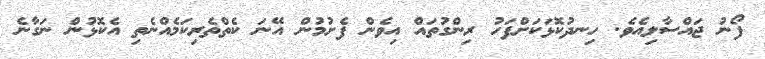
ފޯނު ޖައްސާލިއެވެ. ހިނދުކޮޅަކަށްފަހު ރިންގުތައް އިވެން ފެށުމުން އޭނަ ކެތްތެރިކަމެއްނެތި އެކޮޅުން ނަގާނެ